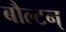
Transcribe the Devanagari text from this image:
बौल्‍टन्‌